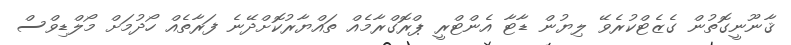
ޤާނޫނީގޮތުން ގެޒެޓްކުރެވޭ ލިޔުން ޑާޓާ އެންޓްރީ ޕްރޮގްރާމެއް ތައްޔާރުކޮށްދޭނެ ފަރާތެއް ހޯދުމަށް މޯލްޑިވްސް